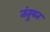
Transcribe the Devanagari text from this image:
तंतुवत